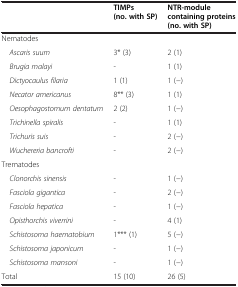
<table><thead><tr><td><b> </b></td><td><b>TIMPs (no. with SP)</b></td><td><b>NTR-module containing proteins (no. with SP)</b></td></tr></thead><tbody><tr><td>Nematodes</td><td> </td><td> </td></tr><tr><td> <i>Ascaris suum</i></td><td>3* (3)</td><td>2 (1)</td></tr><tr><td> <i>Brugia malayi</i></td><td>-</td><td>1 (1)</td></tr><tr><td> <i>Dictyocaulus filaria</i></td><td>1 (1)</td><td>1 (−)</td></tr><tr><td> <i>Necator americanus</i></td><td>8** (3)</td><td>1 (1)</td></tr><tr><td> <i>Oesophagostomum dentatum</i></td><td>2 (2)</td><td>1 (−)</td></tr><tr><td> <i>Trichinella spiralis</i></td><td>-</td><td>1 (1)</td></tr><tr><td> <i>Trichuris suis</i></td><td>-</td><td>2 (−)</td></tr><tr><td> <i>Wuchereria bancrofti</i></td><td>-</td><td>2 (−)</td></tr><tr><td>Trematodes</td><td> </td><td> </td></tr><tr><td> <i>Clonorchis sinensis</i></td><td>-</td><td>1 (−)</td></tr><tr><td> <i>Fasciola gigantica</i></td><td>-</td><td>2 (−)</td></tr><tr><td> <i>Fasciola hepatica</i></td><td>-</td><td>1 (−)</td></tr><tr><td> <i>Opisthorchis viverrini</i></td><td>-</td><td>4 (1)</td></tr><tr><td> <i>Schistosoma haematobium</i></td><td>1*** (1)</td><td>5 (−)</td></tr><tr><td> <i>Schistosoma japonicum</i></td><td>-</td><td>1 (−)</td></tr><tr><td> <i>Schistosoma mansoni</i></td><td>-</td><td>1 (−)</td></tr><tr><td>Total</td><td>15 (10)</td><td>26 (5)</td></tr></tbody></table>